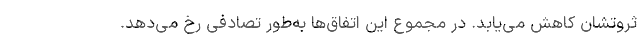
ثروتشان کاهش می‌یابد. در مجموع این اتفاق‌ها به‌طور تصادفی رخ می‌دهد.